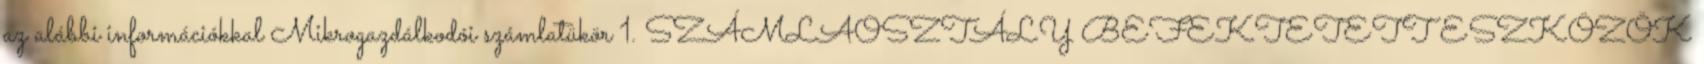
az alábbi információkkal Mikrogazdálkodói számlatükör 1. SZÁMLAOSZTÁLY BEFEKTETETT ESZKÖZÖK